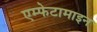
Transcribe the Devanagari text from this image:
एम्फेटामाइन